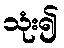
သုံး၍